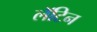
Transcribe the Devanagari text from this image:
लॅॅॅटिन